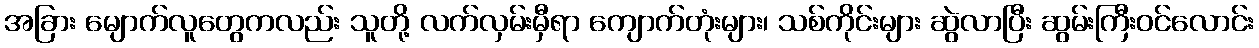
အခြား မျောက်လူတွေကလည်း သူတို့ လက်လှမ်းမှီရာ ကျောက်တုံးများ၊ သစ်ကိုင်းများ ဆွဲလာပြီး ဆွမ်းကြီးဝင်လောင်း